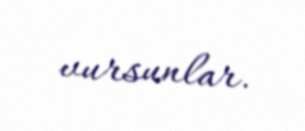
vursunlar.